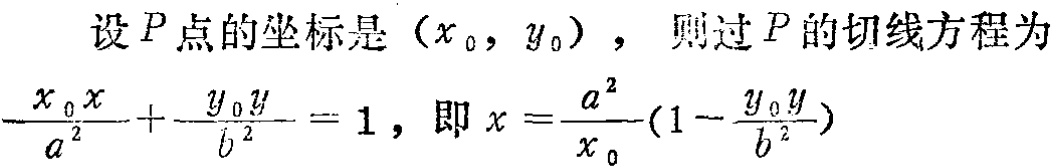
设 \(P\) 点的坐标是 \((x_{0},y_{0})\)，则过 \(P\) 的切线方程为
\(\frac{x_{0}x}{a^{2}}+\frac{y_{0}y}{b^{2}} = 1\)，即 \(x=\frac{a^{2}}{x_{0}}(1 - \frac{y_{0}y}{b^{2}})\)